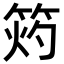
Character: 𥭓